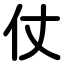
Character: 仗